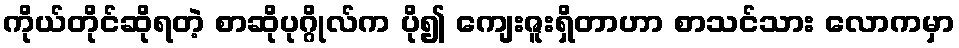
ကိုယ်တိုင်ဆိုရတဲ့ စာဆိုပုဂ္ဂိုလ်က ပို၍ ကျေးဇူးရှိတာဟာ စာသင်သား လောကမှာ